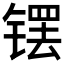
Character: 𫔆